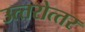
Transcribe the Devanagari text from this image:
उत्‍तरोत्‍तर